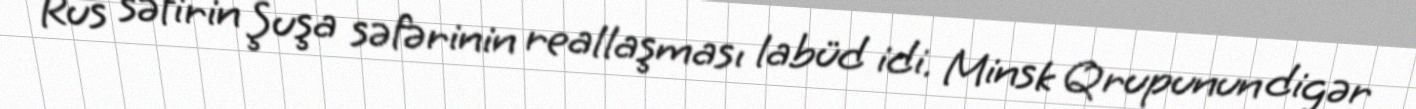
Rus səfirin Şuşa səfərinin reallaşması labüd idi. Minsk Qrupunun digər